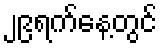
၂၉ရက်နေ့တွင်